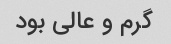
گرم و عالی بود